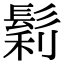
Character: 鬁